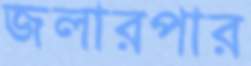
জলারপার